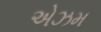
એઝમ